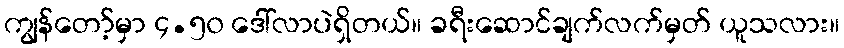
ကျွန်တော့်မှာ ၄.၅၀ ဒေါ်လာပဲရှိတယ်။ ခရီးဆောင်ချက်လက်မှတ် ယူသလား။